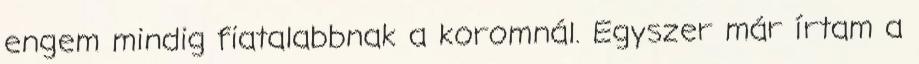
engem mindig fiatalabbnak a koromnál. Egyszer már írtam a